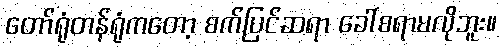
တော်ရုံတန်ရုံကတော့ စက်ပြင်ဆရာ ခေါ်စရာမလိုဘူး။